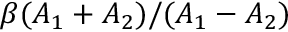
\beta ( A _ { 1 } + A _ { 2 } ) / ( A _ { 1 } - A _ { 2 } )